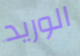
الوريد